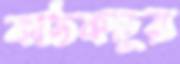
কাঠকচুর